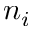
n _ { i }